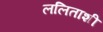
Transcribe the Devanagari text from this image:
ललिताशी